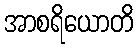
အာစရိယောတိ